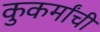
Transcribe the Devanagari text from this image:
कुकर्मांची